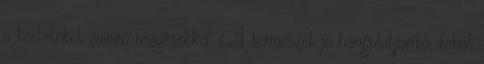
a testeteket zavaró rezgésekkel. A természet jó hangulatjavító, tehát